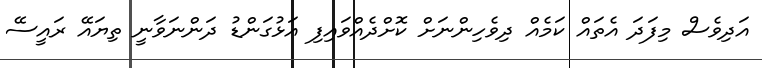
އަދިވެސް މިފަދަ އެތައް ކަމެއް ދިވެހިންނަށް ކޮށްދެއްވައިފި އަޅުގަންޑު ދަންނަވާނީ ތިޔައޭ ރައީސޭ